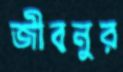
জীবনুর